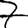
Digit: 7